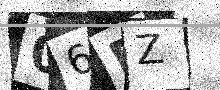
Text: 06DZ